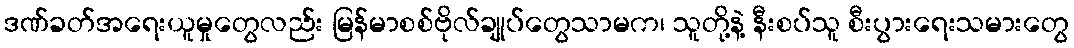
ဒဏ်ခတ်အရေးယူမှုတွေလည်း မြန်မာစစ်ဗိုလ်ချုပ်တွေသာမက၊ သူတို့နဲ့ နီးစပ်သူ စီးပွားရေးသမားတွေ